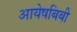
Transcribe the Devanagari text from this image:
आयेषबिबी